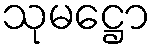
သုမဋ္ဌော